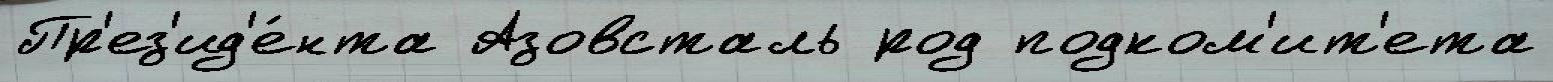
Пр'ез'ид'е́нта Азовсталь род подком'ит'ета